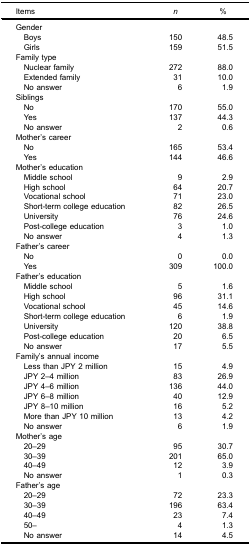
| Items | n | % |
 | --- | --- | --- |
 | Gender |  |  |
 | Boys | 150 | 48.5 |
 | Girls | 159 | 51.5 |
 | Family type |  |  |
 | Nuclear family | 272 | 88.0 |
 | Extended family | 31 | 10.0 |
 | No answer | 6 | 1.9 |
 | Siblings |  |  |
 | No | 170 | 55.0 |
 | Yes | 137 | 44.3 |
 | No answer | 2 | 0.6 |
 | Mother’s career |  |  |
 | No | 165 | 53.4 |
 | Yes | 144 | 46.6 |
 | Mother’s education |  |  |
 | Middle school | 9 | 2.9 |
 | High school | 64 | 20.7 |
 | Vocational school | 71 | 23.0 |
 | Short-term college education | 82 | 26.5 |
 | University | 76 | 24.6 |
 | Post-college education | 3 | 1.0 |
 | No answer | 4 | 1.3 |
 | Father’s career |  |  |
 | No | 0 | 0.0 |
 | Yes | 309 | 100.0 |
 | Father’s education |  |  |
 | Middle school | 5 | 1.6 |
 | High school | 96 | 31.1 |
 | Vocational school | 45 | 14.6 |
 | Short-term college education | 6 | 1.9 |
 | University | 120 | 38.8 |
 | Post-college education | 20 | 6.5 |
 | No answer | 17 | 5.5 |
 | Family’s annual income |  |  |
 | Less than JPY 2 million | 15 | 4.9 |
 | JPY 2–4 million | 83 | 26.9 |
 | JPY 4–6 million | 136 | 44.0 |
 | JPY 6–8 million | 40 | 12.9 |
 | JPY 8–10 million | 16 | 5.2 |
 | More than JPY 10 million | 13 | 4.2 |
 | No answer | 6 | 1.9 |
 | Mother’s age |  |  |
 | 20–29 | 95 | 30.7 |
 | 30–39 | 201 | 65.0 |
 | 40–49 | 12 | 3.9 |
 | No answer | 1 | 0.3 |
 | Father’s age |  |  |
 | 20–29 | 72 | 23.3 |
 | 30–39 | 196 | 63.4 |
 | 40–49 | 23 | 7.4 |
 | 50– | 4 | 1.3 |
 | No answer | 14 | 4.5 |